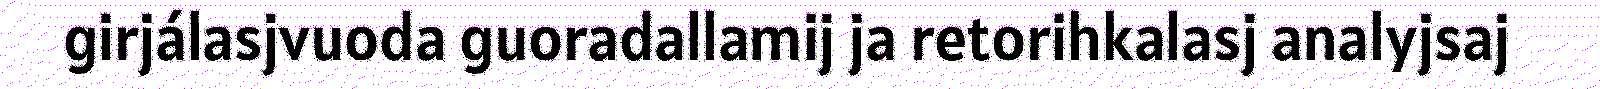
girjálasjvuoda guoradallamij ja retorihkalasj analyjsaj